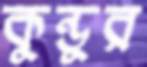
কুন্ডুর